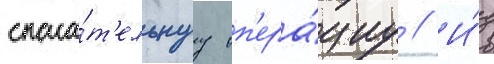
спаса́т'ельнуу оп'ера́циу // И́з